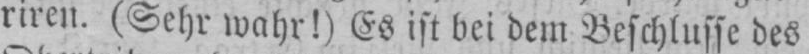
riren. (Sehr wahr!) Es ist bei dem Beschlusse des